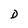
Character: D